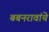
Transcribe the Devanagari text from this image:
बबनरावांचे